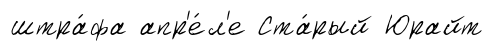
штра́фа апр'е́л'е Ста́рый Юрайт